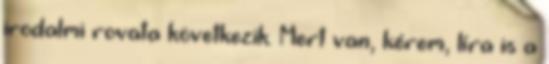
irodalmi rovata következik. Mert van, kérem, líra is a